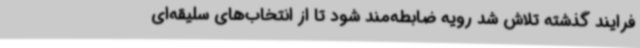
فرایند گذشته تلاش شد رویه ضابطه‌مند شود تا از انتخاب‌های سلیقه‌ای